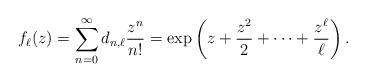
LaTeX: \begin{align*}f_{\ell}(z) = \sum_{n=0}^{\infty} d_{n,\ell} \frac{z^{n}}{n!} = \exp\left(z + \frac{z^{2}}{2} + \cdots + \frac{z^{\ell}}{\ell} \right).\end{align*}